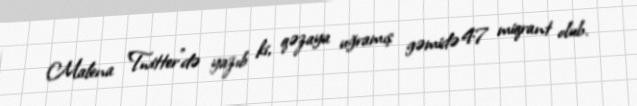
Malena "Twitter"də yazıb ki, qəzaya uğramış gəmidə 47 miqrant olub.